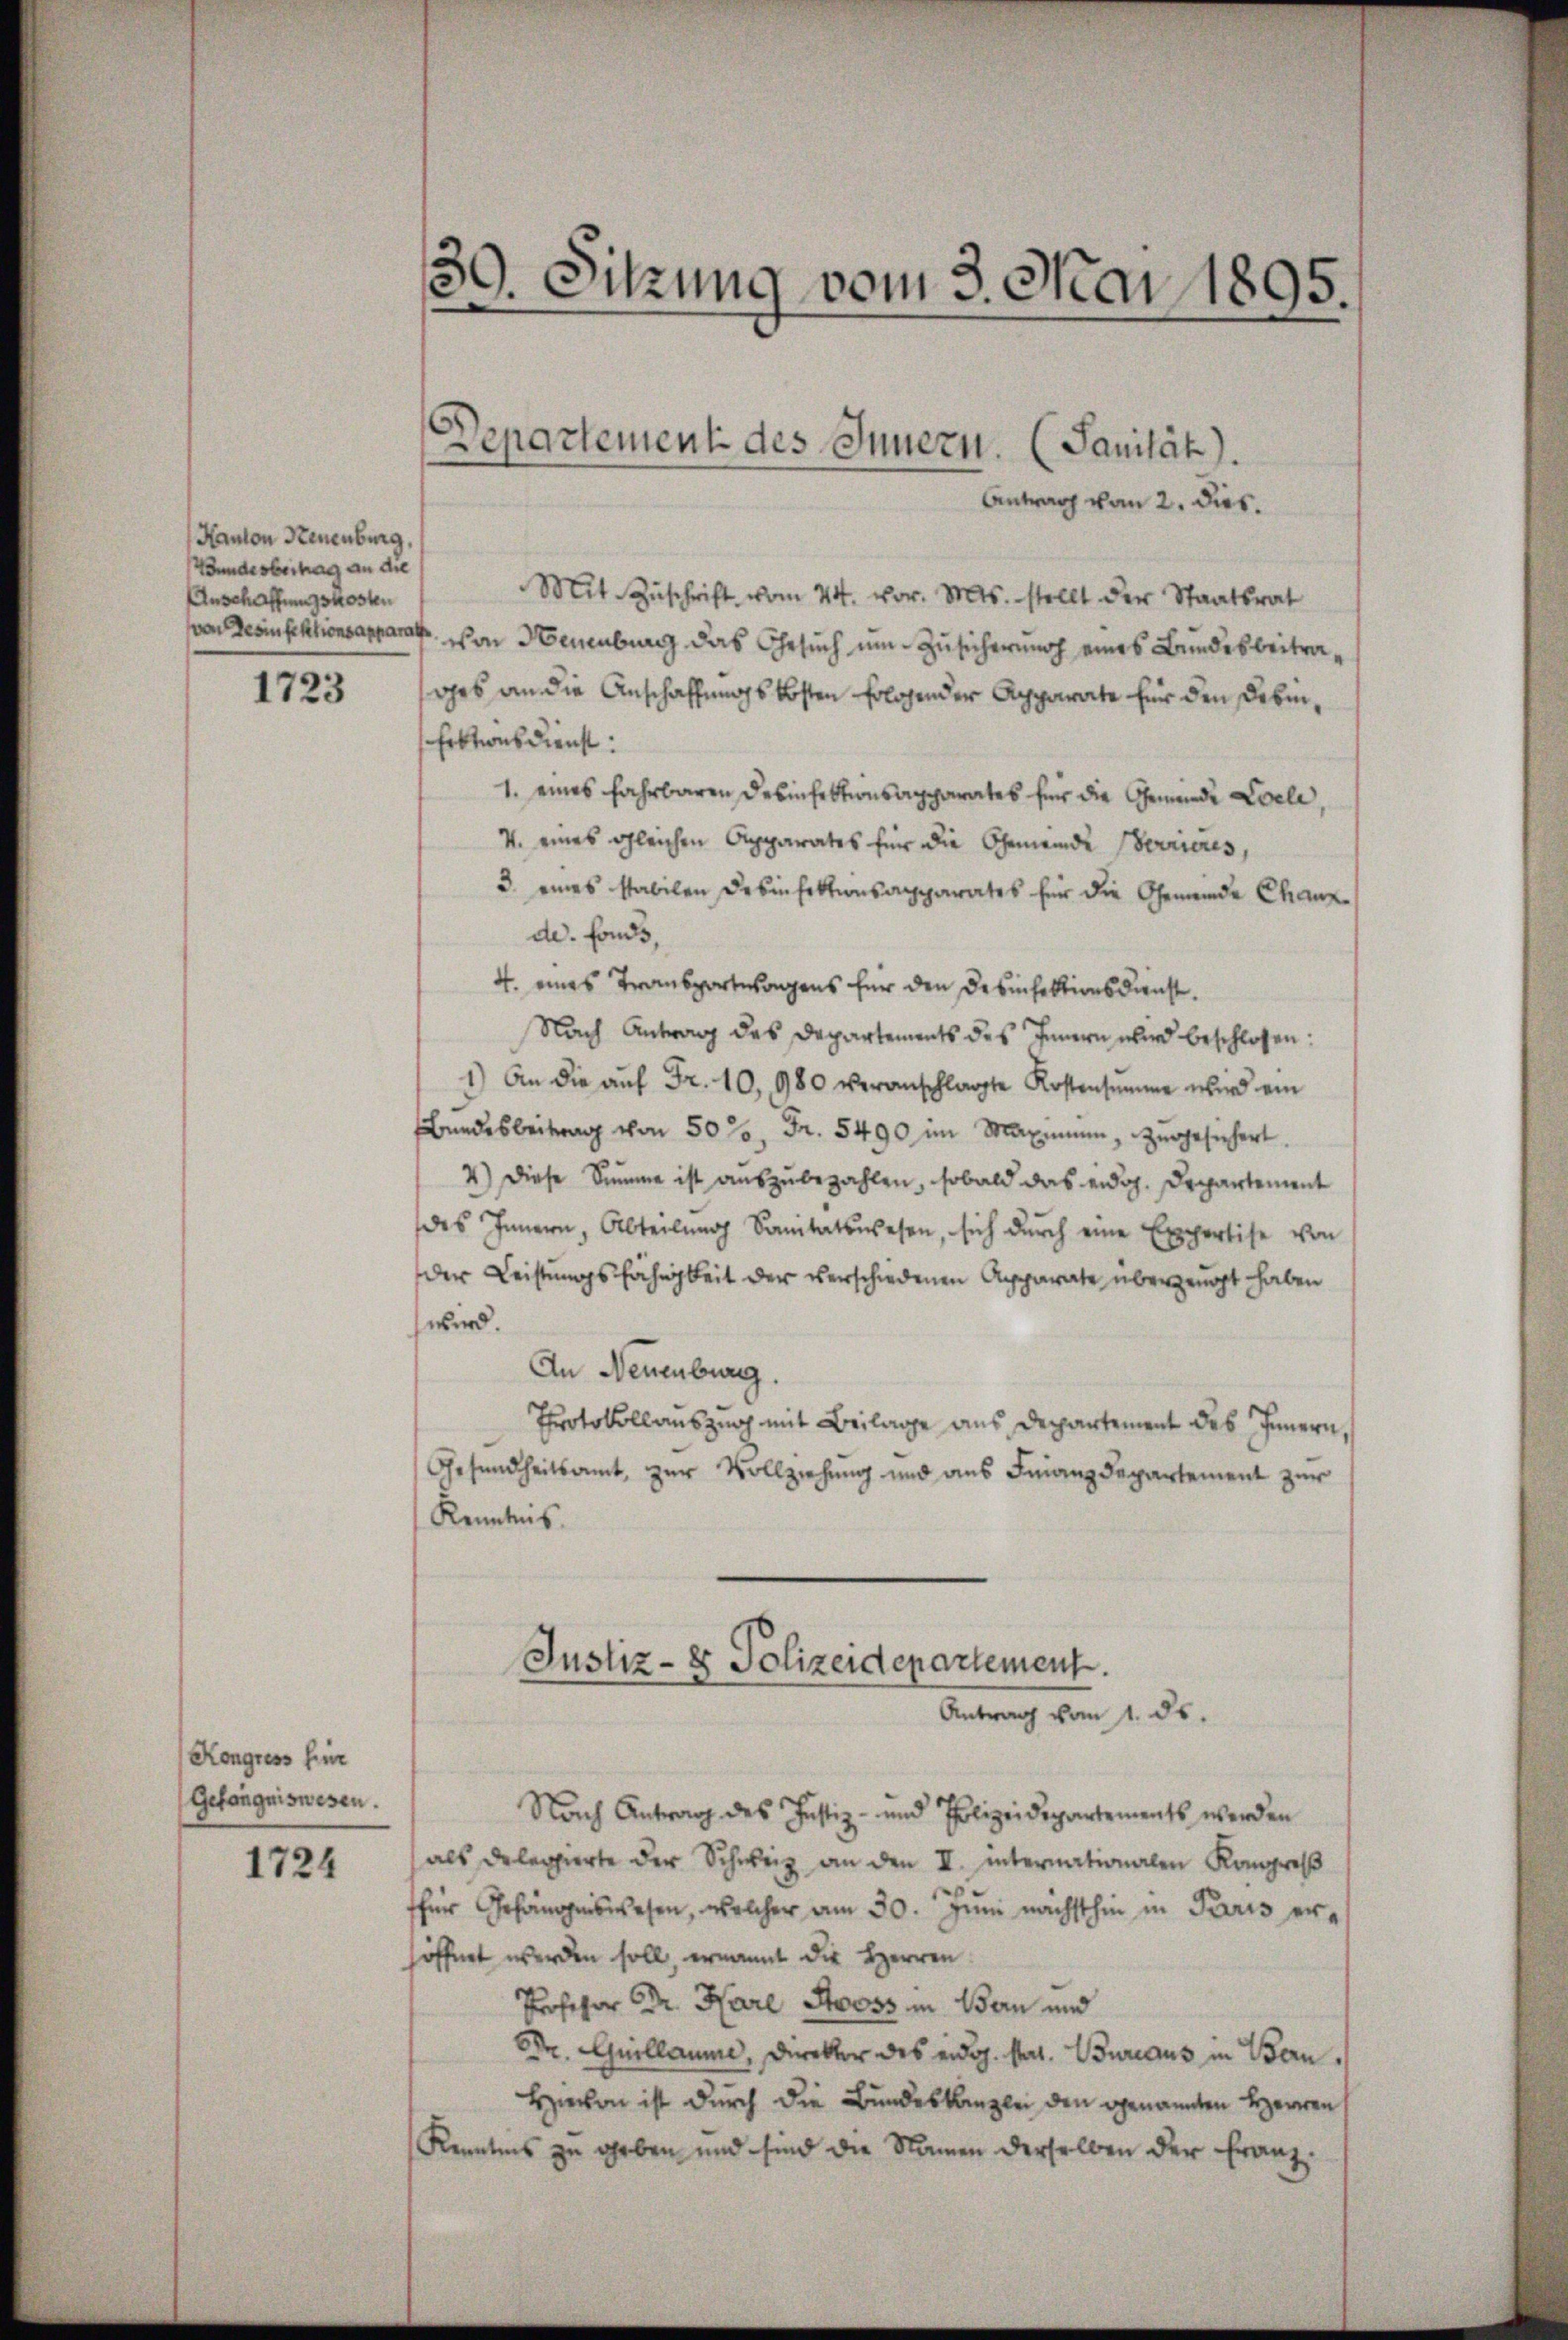
Kanton Neuenburg,
Wunde obertrag an die
Anschaffungskosten
von Desinfektionsappar

1723

Kongress hier
Gefängniswesen.

1724

¬
e. Sitzung vom 3. Mai 1895.
d

Departement des Innern. (Sanität).
Antrag vom 2. dies.

Mit Zuschrift vom 24. vor. Mts. stellt der Staatsrat
von Neuenburg das Gesuch um Zusicherung eines Bundesbeitrages an die Anschaffungskosten folgender Apparate für den Debin¬
Erktionsdienst:
1. eines fahrbaren Desinfektionsapparates für die Gemeinde Coele,
V. eines gleichen Apparates für die Gemeinde Berrieres,
3. eines stabilen Desinfektionsapparates für die Gemeinde Chanze
de. Fonds,
4. eines Transportwagens für den Desinfektionsdienst.
Nach Antrag des Departements des Innern wird beschlossen:
1.) An die aŭf Fr. 10, 980 veranschlagte Kostensumme wird ein
Bandesbeitrag von 50 %, Fr. 5490 im Maxime, zugesichert.
4.) Diese Summe ist aŭszŭbezahlen, sobald das eidg. Departement
des Innern, Abteilŭng Sanitätswesen, sich dŭrch eine Expertise von
der Leistungsfähigkeit der verschiedenen Apparate überzeugt haben
wird.
An Neuenburg.
Protokollauszug mit Beilage aus Departement des Innern,
Gesundheitsamt zur Vollziehung und aus Finanzdepartement zur
Kenntnis.
Justiz- & Polizeidepartement.
Antrag vom 1. ds.
Nach Antrag des Justiz- und Polizeidepartements werden
als delegierte der Schweiz an den II. Internationalen Kongres
für Gefängniswesen, welcher am 30. Jŭni nächsthin in Paris eröffnet werden soll, ernannt die Herren
Professor Dr. Karl Stooss in Bern und
DDr. Guillaume, Direktor des eidg. stat. Bureaus in Bern,
Hievon ist durch die Bundeskanzlei den genannten Herren
Kenntnis zu geben und sind die Namen derselben der Franz¬